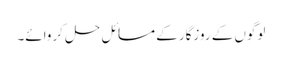
لوگوں کے روزگار کے مسائل حل کروائے۔